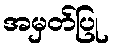
အမှတ်ပြု